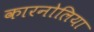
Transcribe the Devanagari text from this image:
कारनोलिया